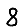
Digit: 8